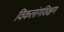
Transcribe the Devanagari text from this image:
विकलांगशिक्षण